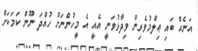
އަނެއް ބައި ޢިލްމުވެރިން ވިދާޅުވަނީ އެއީ އެ މީހުންނަށް ހުއްދަ ނޫން ކަމަކަށް